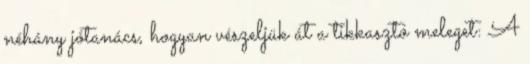
néhány jótanács, hogyan vészeljük át a tikkasztó meleget: A